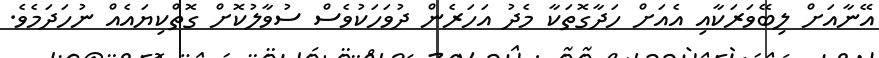
އޭނާއަށް ލިބޭވަރަކާއި އެއަށް ހަދާގޮތަކާ މެދު އަހަރެން ދުވަހަކުވެސް ސުވާލުކޮށް ގޮތްކިޔައެއް ނުހަދަމެވެ.